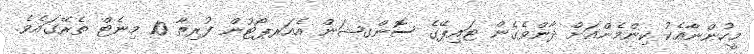
މީހުންނާއެކު ކިންމެންއަށް ދާންވެގެން ޓައިޕޭގެ ސޮންގޝަން އެއަރޕޯޓުން ފުރިތާ 10 މިނެޓް ތެރޭގައެވެ.